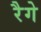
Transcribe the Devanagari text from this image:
रैगे